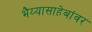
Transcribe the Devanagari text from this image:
भैय्यासाहेबांवर